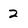
Character: 2